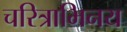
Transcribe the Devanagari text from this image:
चरित्राभिनय